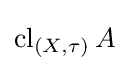
\operatorname {cl} _{(X,\tau )}A